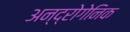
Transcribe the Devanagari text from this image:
अन्द्रोगेनिक